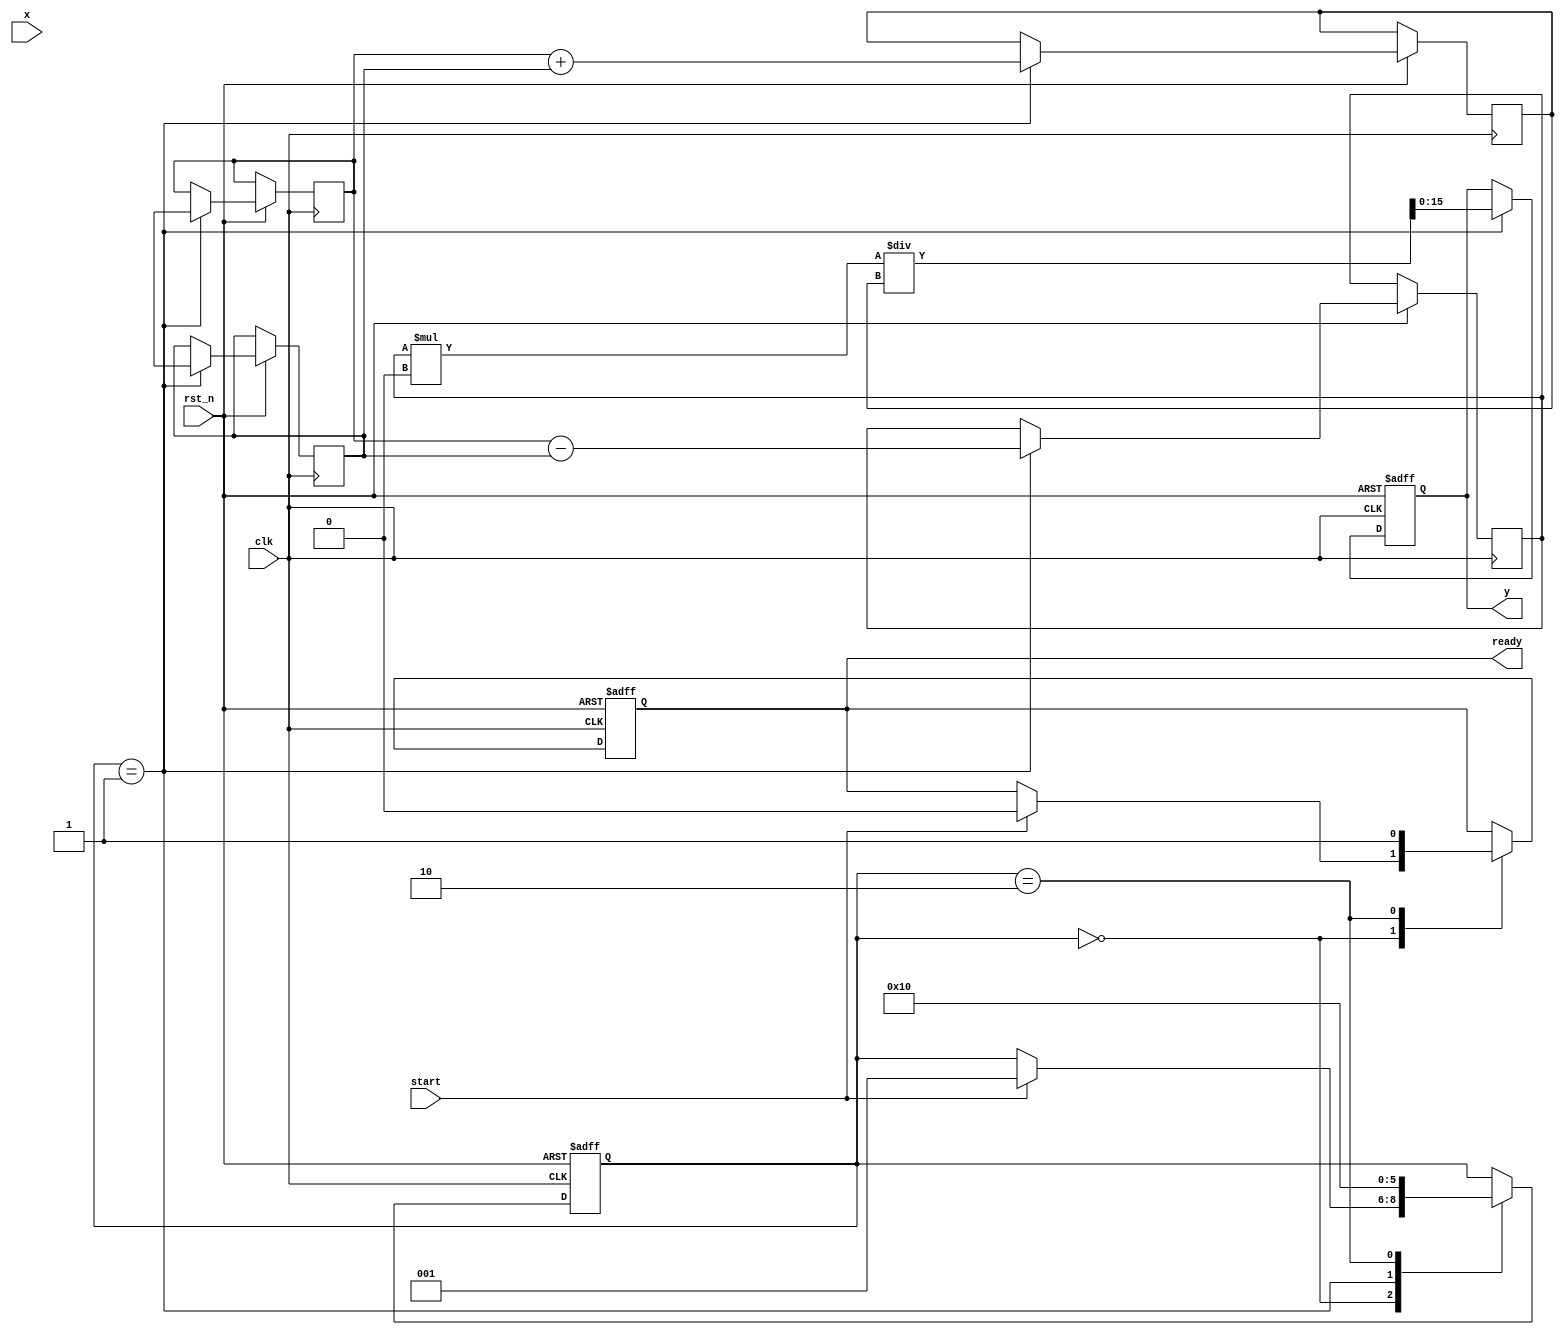
module tanh_block (
    input  wire signed [15:0] x,    // Input: 16-bit signed fixed-point
    output reg  signed [15:0] y,     // Output: 16-bit signed fixed-point
    input  wire clk,                  // Clock signal
    input  wire rst_n,                // Active low reset
    input  wire start,                // Start signal
    output reg ready                  // Ready signal
);

    // Internal signals
    reg signed [31:0] exp_x;          // 32-bit for intermediate exponential calculation
    reg signed [31:0] exp_neg_x;      // 32-bit for e^(-x)
    reg signed [31:0] numerator;       // Numerator for tanh calculation
    reg signed [31:0] denominator;     // Denominator for tanh calculation
    reg [2:0] state;                  // FSM state
    localparam IDLE = 3'b000,
               CALC = 3'b001,
               DONE = 3'b010;

    // Simple exponential approximation using Taylor series
    function signed [31:0] exp_approx(input signed [15:0] x);
        reg signed [31:0] result;
        reg signed [31:0] term;
        integer i;
        begin
            result = 32'h00010000; // 1.0 in fixed-point
            term = x; // Start with x
            for (i = 1; i < 10; i = i + 1) begin
                result = result + term; // Add current term
                term = (term * x) / (i * 16'h00010000); // Calculate next term
            end
            exp_approx = result;
        end
    endfunction

    // State machine for controlling the computation
    always @(posedge clk or negedge rst_n) begin
        if (!rst_n) begin
            state <= IDLE;
            ready <= 1;
            y <= 16'h0000;
        end else begin
            case (state)
                IDLE: begin
                    if (start) begin
                        ready <= 0;
                        state <= CALC;
                    end
                end
                CALC: begin
                    exp_x <= exp_approx(x); // Calculate e^x
                    exp_neg_x <= exp_approx(-x); // Calculate e^(-x)
                    numerator <= exp_x - exp_neg_x; // e^x - e^(-x)
                    denominator <= exp_x + exp_neg_x; // e^x + e^(-x)
                    y <= (numerator * 16'h00010000) / denominator; // Calculate tanh
                    state <= DONE;
                end
                DONE: begin
                    ready <= 1;
                    state <= IDLE; // Return to idle state
                end
            endcase
        end
    end

endmodule